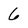
Character: 6